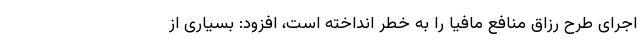
اجرای طرح رزاق منافع مافیا را به خطر انداخته است، افزود: بسیاری از